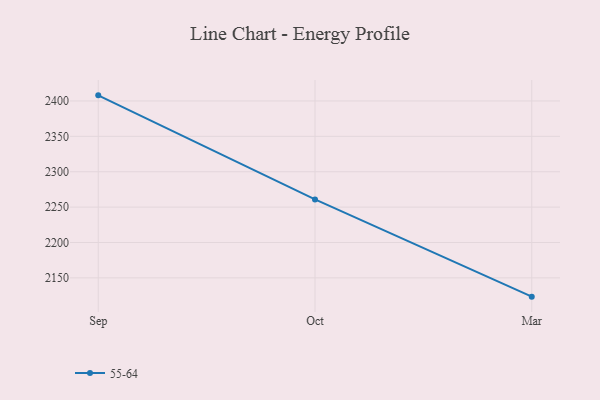
{"axis": {"x": "Month", "y": "Population (Million)"}, "legend": ["55-64"], "data": [{"x": "Sep", "y": 2407.9, "type": "55-64"}, {"x": "Oct", "y": 2260.9, "type": "55-64"}, {"x": "Mar", "y": 2123.5, "type": "55-64"}]}